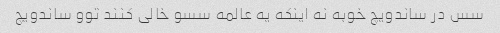
سس در ساندویچ خوبه نه اینکه یه عالمه سسو خالی کنند توو ساندویچ